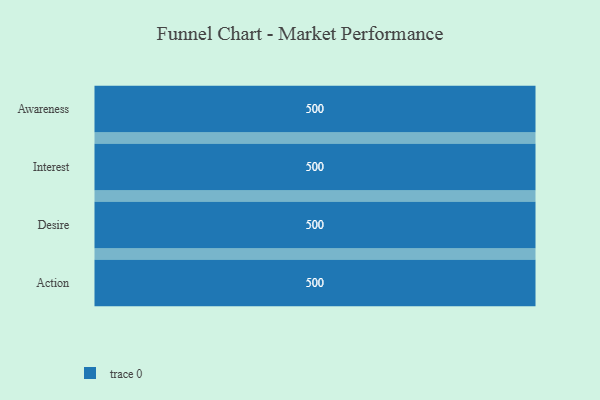
{"axis": {"x": "Stage", "y": "Value"}, "legend": [""], "data": [{"x": "Awareness", "y": 500, "type": ""}, {"x": "Interest", "y": 500, "type": ""}, {"x": "Desire", "y": 500, "type": ""}, {"x": "Action", "y": 500, "type": ""}]}